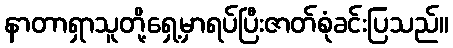
နာတာရှာသူတို့ရှေ့မှာရပ်ပြီးဇာတ်စုံခင်းပြသည်။